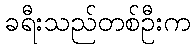
ခရီးသည်တစ်ဦးက